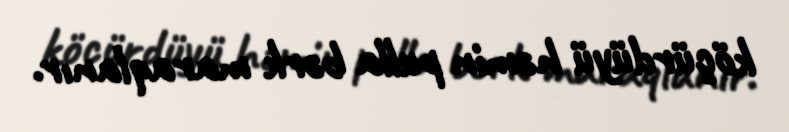
köçürdüyü həmin pulla bərk maraqlanır.